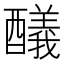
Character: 𨣞